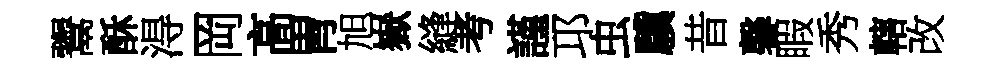
鬻酥淂岡高胃旭嶽縫考謹邛虫驥昔馨睱秀轄改